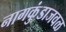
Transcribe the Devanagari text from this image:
नागकुंडाजवळ